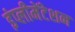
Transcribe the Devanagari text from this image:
इंप्लीमेंटेशन